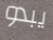
يبدو